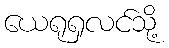
ယေရုရှလင်သို့